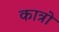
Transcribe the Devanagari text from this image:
कात्रो